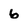
Character: 6